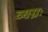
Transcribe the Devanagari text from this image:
व्यग्रः